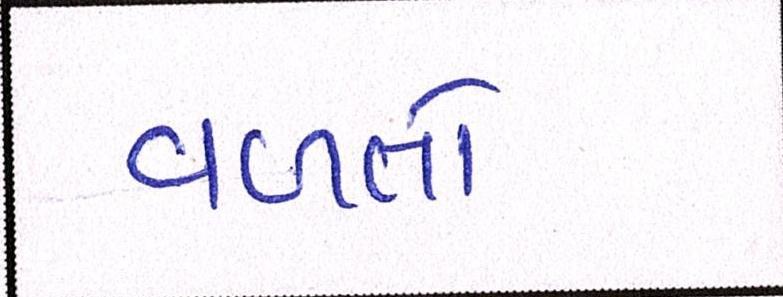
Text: વળતો